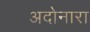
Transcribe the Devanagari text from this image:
अदोनारा